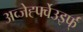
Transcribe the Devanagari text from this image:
अव्जेर्ह्फ्वेउइर्फ्